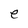
Character: e